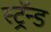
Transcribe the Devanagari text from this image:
स्ट्रॅन्ड